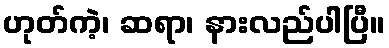
ဟုတ်ကဲ့၊ ဆရာ၊ နားလည်ပါပြီ။